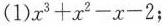
(1)$$x^{3}+x^{2}-x-2$$；